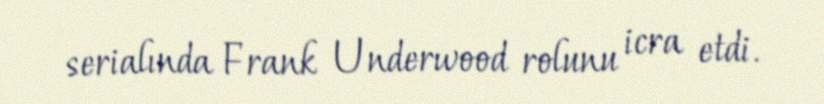
serialında Frank Underwood rolunu icra etdi.